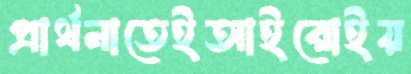
প্রার্থনাতেইআইরোইয়